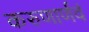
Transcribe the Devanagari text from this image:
करुणार्णवं